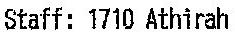
STAFF: 1710 ATHIRAH